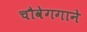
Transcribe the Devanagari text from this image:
चौवेगगाने